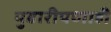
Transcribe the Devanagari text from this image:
पुढारीपणाही